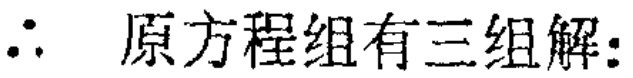
$\therefore$ 原方程组有三组解: